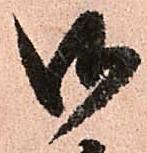
御